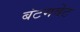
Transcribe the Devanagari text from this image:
बंटमवेट